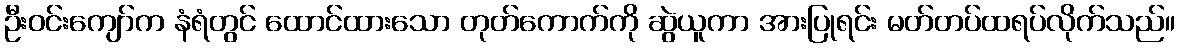
ဦးဝင်းကျော်က နံရံတွင် ထောင်ထားသော တုတ်ကောက်ကို ဆွဲယူကာ အားပြုရင်း မတ်တပ်ထရပ်လိုက်သည်။